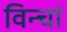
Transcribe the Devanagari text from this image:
विन्चां